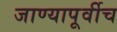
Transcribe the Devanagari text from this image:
जाण्यापूर्वीच